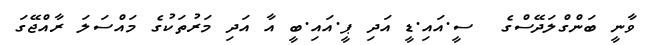
ވާނީ ބަންގްލަދޭސްގެ  ސީ.އައި.ޑީ އަދި ޕީ.އައި.ބީ އާ އަދި މަރުތަކުގެ މައްސަލަ ރާއްޖޭގަ